Report of an investigation into the causes of malaria in Bombay and the measures necessary for its control
Disease focus: Malaria
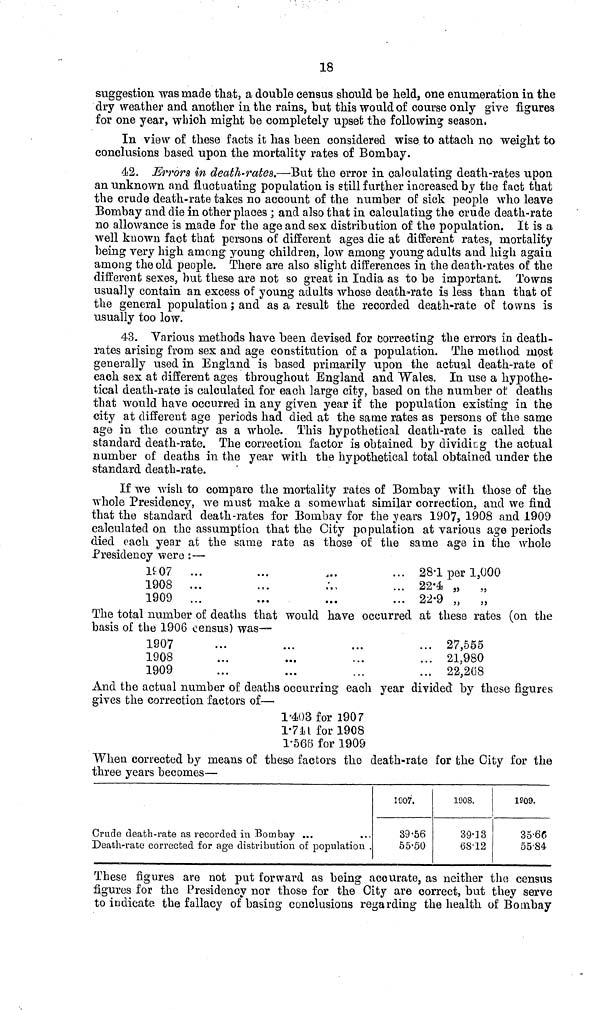
18
suggestion was made that, a double census should be held, one enumeration in the
dry weather and another in the rains, but this would of course only give figures
for one year, which might be completely upset the following season»
In view of these facts it has been considered wise to attach no weight to
conclusions based upon the mortality rates of Bombay.
42, Errors in death-rates.—But the error in calculating death-rates upon
an unknown and fluctuating population is still further increased by the fact that
the crude death-rate takes no account of the number of sick people who leave
Bombay and die in other places ; and also that in calculating the crude death-rate
no allowance is made for the age and sex distribution of the population. It is a
well known fact that persons of different ages die at different rates, mortality
being very high among young children, low among young adults and high again
among the old people. There are also slight differences in the death-rates of the
different sexes, but these are not so great in India as to be important. Towns
usually contain an excess of young adults whose death-rate is less than that of
the general population ; and as a result the recorded death-rate of towns is
usually too low.
43. Various methods have been devised for correcting the errors in death-
rates arising from sex and age constitution of a population. The method most
generally used in England is based primarily upon the actual death-rate of:
each sex at different ages throughout England and Wales. In use a hypothe-
tical death-rate is calculated for each large city, based on the number of deaths
that would have occurred in any given year if the population existing in the
city at different age periods had died at the same rates as persons of the same
age in the country as a whole. This hypothetical death-rate is called the
standard death-rate. The correction factor is obtained by dividing the actual
number of deaths in the year with the hypothetical total obtained under the
standard death-rate.
If we wish to compare the mortality rates of Bombay with those of the
whole Presidency, we must make a somewhat similar correction, and we find
that the standard death-rates for Bombay for the years 1907, 1908 and 1909
calculated on the assumption that the City population at various age periods
died each year at the same rate as those of the same age in the whole
Presidency were :—
1907 ...
1908 ...
1909 ...
28.1 per 1,000
22.4 „ „
22.9 „
„
The total number of deaths that would have occurred at these rates (on the
basis of the 1906 census) was—
1907
1908
1909
27,555
21,980
22,268
And the actual number of deaths occurring each year divided by these figures
gives the correction factors of—
1.403 for 1907
1.741 for 1908
1.566 for 1909
When corrected by means of these factors the death-rate for the City for the
three years becomes—
Crude death-rate as recorded in Bombay ...
Death-rate corrected for age distribution of population .
1907.
39.56
55.50
1908.
39.13
68.12
1909.
35.66
55.84
These figures are not put forward as being accurate, as neither the census
figures for the Presidency nor those for the City are correct, but they serve
to indicate- the fallacy of basing conclusions regarding the health of Bombay